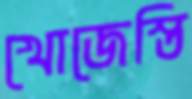
খোজেস্তি